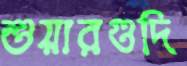
শুয়ারগুদি